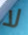
لا